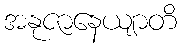
အနုဇာနေယျာတိ